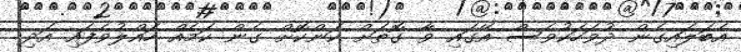
އެބަލައިގެން ދުވަހަކުވެސް އޭގައި ވާ ގޮތަށް ކަންކޮށް ގެން ކަމެއް ހައްލުވެފައި އަދި